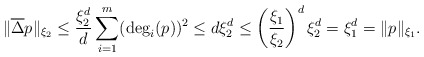
\begin{align*}\|\overline{\Delta}p\|_{\xi_2} &\leq \frac{\xi_2^d}{d} \sum_{i=1}^m (\deg_i(p))^2\leq d \xi_2^d \leq \left( \frac{\xi_1}{\xi_2} \right)^d \xi_2^d = \xi_1^d = \|p\|_{\xi_1}.\end{align*}